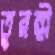
তুরঙ্গী